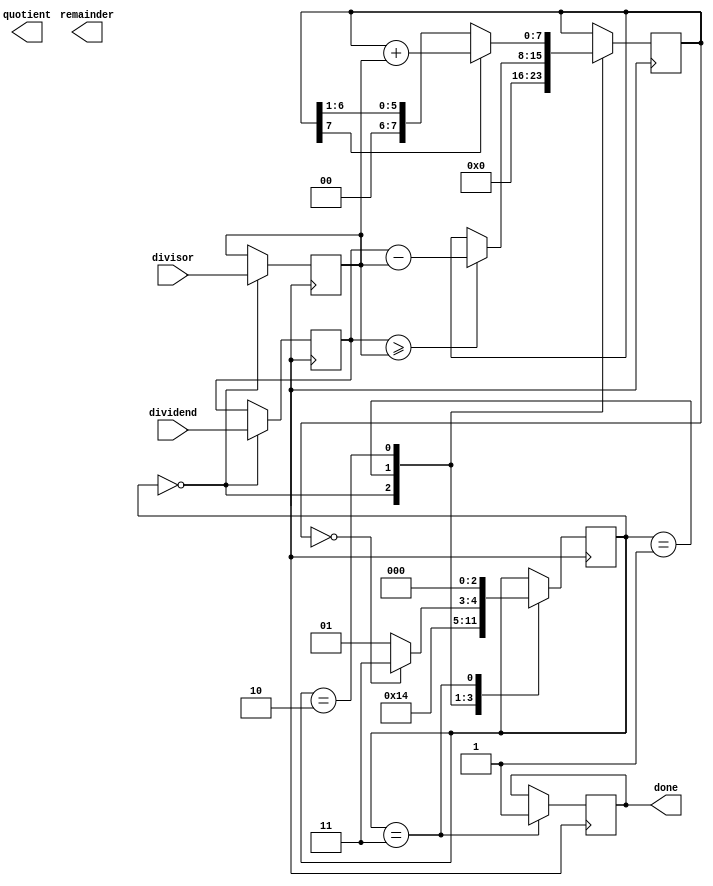
module radix_2_srt_divider (
    input wire [7:0] dividend,
    input wire [7:0] divisor,
    output reg [7:0] quotient,
    output reg [7:0] remainder,
    output reg done
);

reg [7:0] dividend_reg;
reg [7:0] divisor_reg;
reg [7:0] quotient_reg;
reg [7:0] remainder_reg;
reg [2:0] state;

always @ (posedge clk) begin
    case (state)
        0: begin
            // Initialize registers
            dividend_reg <= dividend;
            divisor_reg <= divisor;
            quotient_reg <= 8'b0;
            remainder_reg <= 8'b0;
            state <= 1;
        end
        1: begin
            // Compare dividend and divisor
            if (dividend_reg >= divisor_reg) begin
                remainder_reg <= dividend_reg - divisor_reg;
                quotient_reg <= quotient_reg + 1;
            end
            state <= 2;
        end
        2: begin
            // Shift right remainder
            remainder_reg <= remainder_reg >> 1;
            quotient_reg <= quotient_reg << 1;
            if (remainder_reg[7] == 1) begin
                remainder_reg <= remainder_reg + divisor_reg;
                quotient_reg <= quotient_reg + 1;
            end
            state <= (remainder_reg == 8'b0) ? 3 : 1;
        end
        3: begin
            // End of division process
            done <= 1;
            state <= 0;
        end
    endcase
end

endmodule